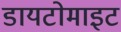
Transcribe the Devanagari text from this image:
डायटोमाइट